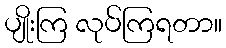
ပျိုးကြ လုပ်ကြရတာ။